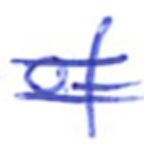
Text: of
Cross-out: double-line
Writing tool: ballpoint